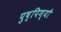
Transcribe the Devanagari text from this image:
पुष्पिण्यौ